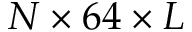
N \times 6 4 \times L